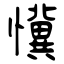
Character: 懻